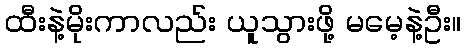
ထီးနဲ့မိုးကာလည်း ယူသွားဖို့ မမေ့နဲ့ဦး။